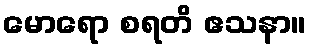
မောရော စရတိ ဧသနာ။